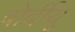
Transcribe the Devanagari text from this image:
बोर्दीयू